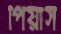
পিয়াস